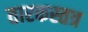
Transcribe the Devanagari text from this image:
तारकस्तत्र